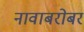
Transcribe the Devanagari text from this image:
नावाबरोबर